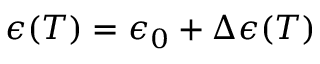
\epsilon ( T ) = \epsilon _ { 0 } + \Delta \epsilon ( T )